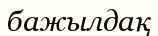
бажылдақ